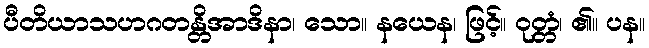
ပီတိယာသဟဂတန္တိအာဒိနာ၊ သော။ နယေန၊ ဖြင့်။ ဝုတ္တံ၊ ၏။ ပန။